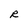
Character: R